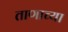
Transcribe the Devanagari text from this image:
ताणाच्या